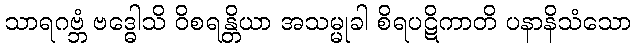
သာရဂဗ္ဘံ ဗဒ္ဓေါသိ ဝိစရန္တိယာ အသမ္မုခါ စိရပဋိကာတိ ပနာနိသံသော